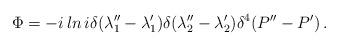
LaTeX: \begin{align*}\Phi=-i\,ln\,i\delta(\lambda_1''-\lambda_1')\delta(\lambda_2''-\lambda_2')\delta^4(P''-P')\,.\end{align*}